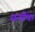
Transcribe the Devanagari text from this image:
सर्नौफ